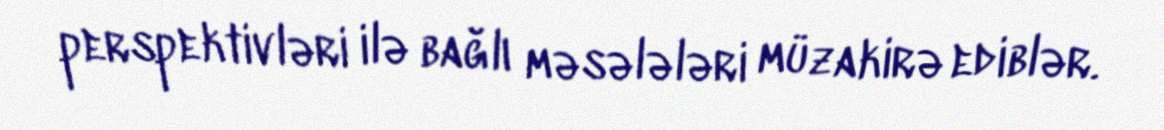
perspektivləri ilə bağlı məsələləri müzakirə ediblər.